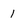
Character: 1